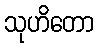
သုဟိတော